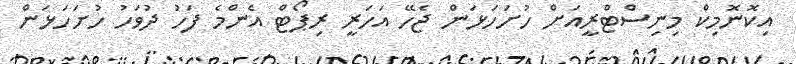
އިކޮނޮމިކް މިނިސްޓްރީއަށް ހުށަހަޅަން ޖެހޭ އަހަރީ ރިޕޯޓް އެންމެ ފަހު ދުވަހު ހުށަހަޅަން